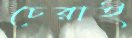
চেরাই